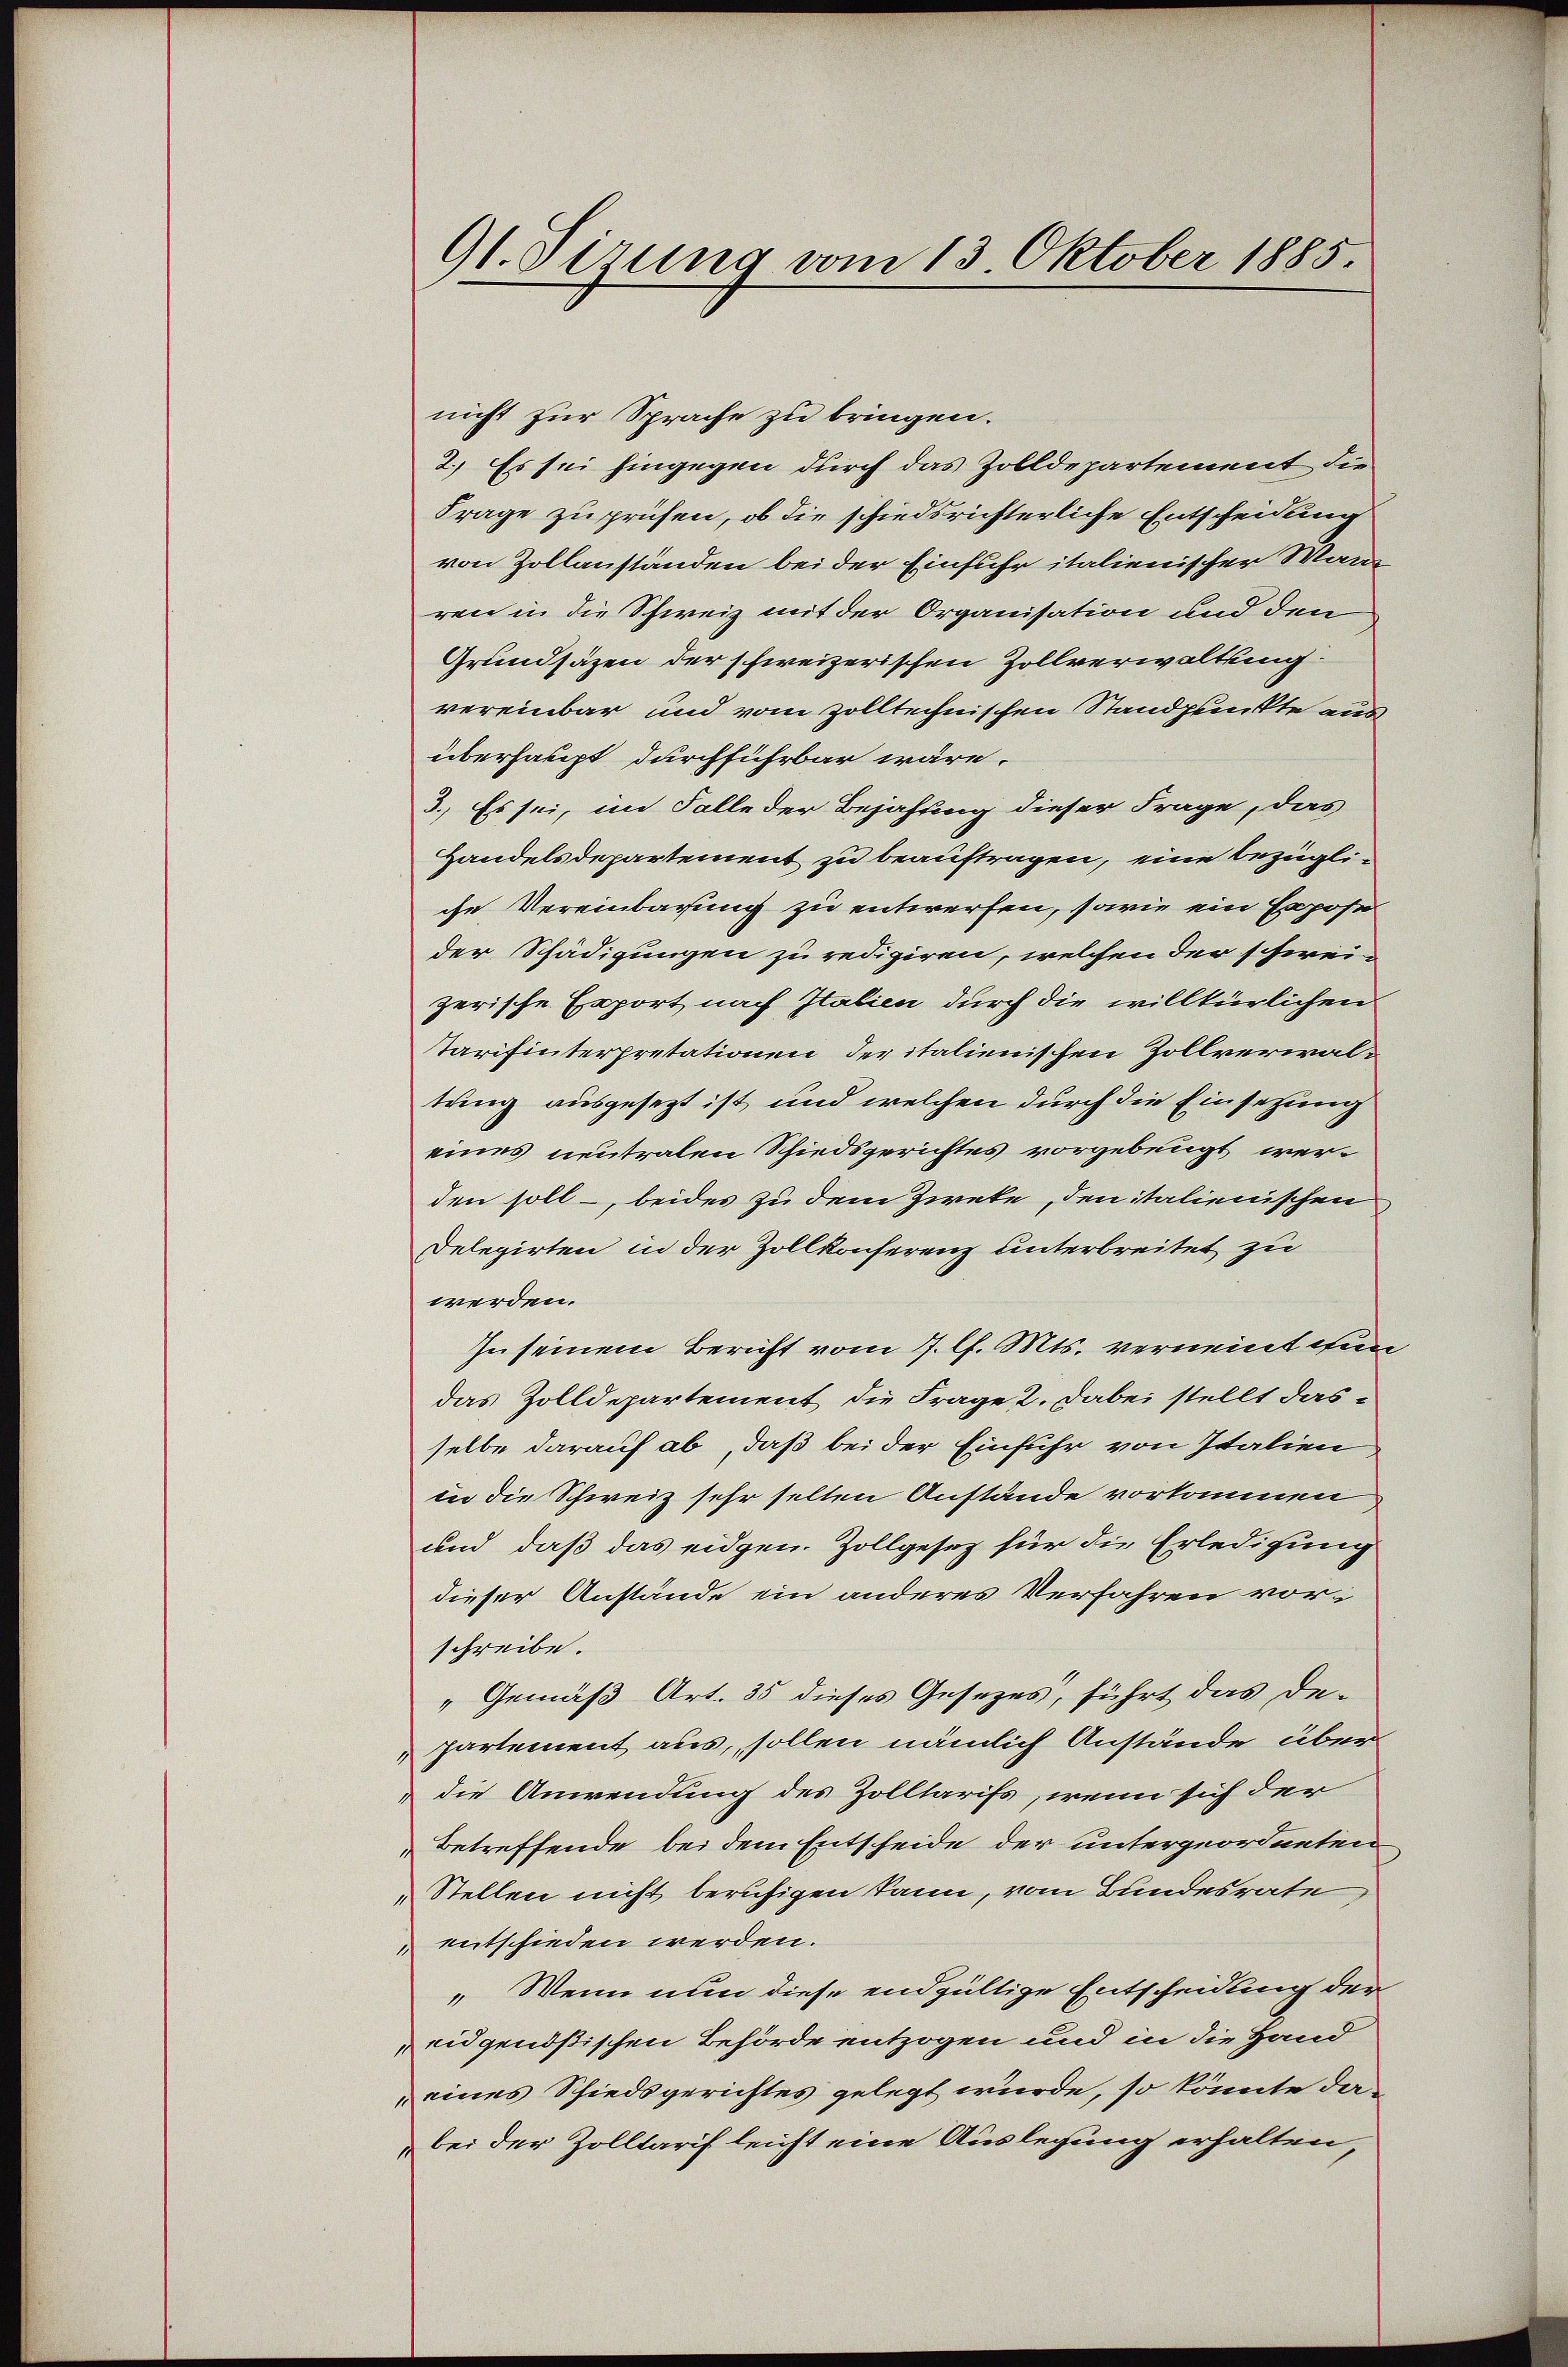
91. Sizung vom 13. Oktober 1885.

nicht zur Sprache zu bringen.
2.) Es sei hingegen durch das Zolldepartement die
Frage zu prüfen, ob die schiedsrichterliche Entscheidung
von Zollanständen bei der Einfuhr italienischer Man
ren in die Schweiz mit der Organisation und den
Grundsäzen der schweizerischen Zollverwaltung
vereinbar und vom zolltechnischen Standpunkte aus
überhaupt durchführbar wäre.
3.) Es sei, im Falle der Bejahung dieser Frage, das
Handelsdepartement zu beauftragen, eine bezügliche Vereinbarung zu entwerfen, sowie ein Expose
der Schädigungen zu redigiren, welchen der schweizerische Export nach Italien durch die willkürlichen
Tarifinterpretationen der italienischen Zollverwaltung ausgesezt ist und welchen durch die Einsetzung
eines neutralen Schiedsgerichtes vorgebeugt werden soll, beides zu dem Zweke, den italienischen
Delegirten in der Zollkonferenz unterbreitet zu
werden.
In seinem Bericht vom 7. l. Mts. verneint nun
das Zolldepartement die Frage 2. dabei stellt dasselbe darauf ab, daß bei der Einfuhr von Italien,
in die Schweiz sehr selten Anstände vorkommen
und daß das eidgen. Zollgesetz für die Erledigung
dieser Anstände ein anderes Verfahren vor:
schreibe.
"Gemäß Art. 35 dieses Gesezes, führt das De-
partement aus, sollen nämlich Anstände über
die Anwendung des Zolltarifs, wenn sich der
Betreffende bei dem Entscheide der untergeordneten
„Stellen nicht beruhigen kann, vom Bundesrate
entschieden werden.
„Wenn nun diese endgültige Entscheidung der
eidgenößischen Behörde entzogen und in die Hand
eines Schiedsgerichtes gelegt wurde, so könnte dabei der Zolltarif leicht eine Auslegung erhalten,